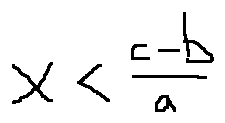
x < \frac { c - b } { a }